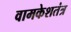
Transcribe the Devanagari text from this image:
वामकेशतंत्र